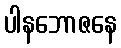
ပါနဘောဇနေ